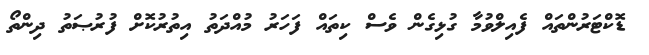
ޑޮކްޓަރުންތައް ފެއިލްވުމާ ގުޅިގެން ވެސް ކިތައް ފަހަރު މުއްދަތު އިތުރުކޮށް ފުރުޞަތު ދިންތޯ